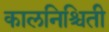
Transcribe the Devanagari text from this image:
कालनिश्चिती